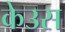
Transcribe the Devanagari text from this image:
केउस